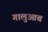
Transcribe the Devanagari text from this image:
गालुआब